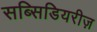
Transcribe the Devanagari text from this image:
सब्सिडियरीज़